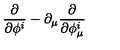
\frac { \partial } { \partial \phi ^ { i } } - \partial _ { \mu } \frac { \partial } { \partial \phi _ { \mu } ^ { i } }